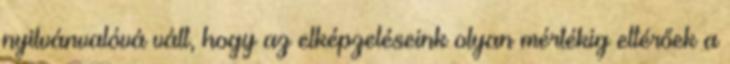
nyilvánvalóvá vált, hogy az elképzeléseink olyan mértékig eltérőek a